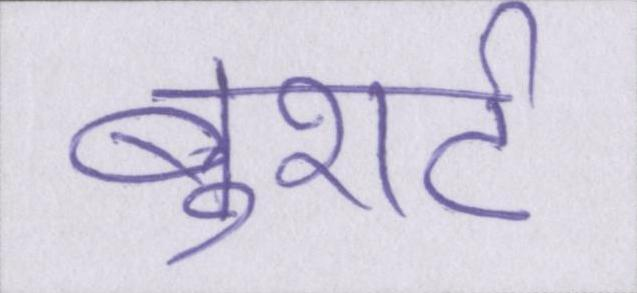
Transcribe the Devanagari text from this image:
बुशर्ट